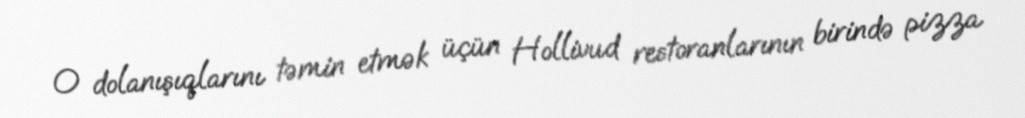
O dolanışıqlarını təmin etmək üçün Hollivud restoranlarının birində pizza